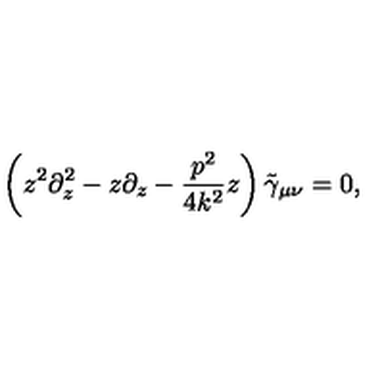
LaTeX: \left( z ^ { 2 } \partial _ { z } ^ { 2 } - z \partial _ { z } - \frac { p ^ { 2 } } { 4 k ^ { 2 } } z \right) \tilde { \gamma } _ { \mu \nu } = 0 ,